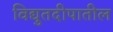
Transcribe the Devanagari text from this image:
विद्युतदीपातील